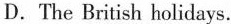
D. The British holidays.